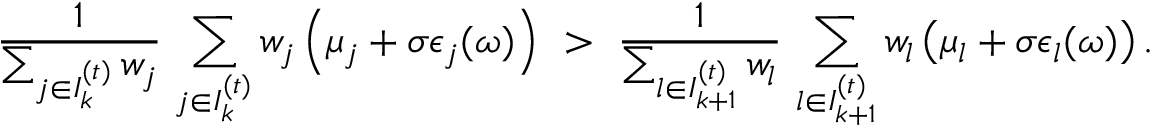
\frac { 1 } { \sum _ { j \in { \cal I } _ { k } ^ { ( t ) } } w _ { j } } \, \sum _ { j \in { \cal I } _ { k } ^ { ( t ) } } w _ { j } \left( \mu _ { j } + \sigma \epsilon _ { j } ( \omega ) \right) ~ > ~ \frac { 1 } { \sum _ { l \in { \cal I } _ { k + 1 } ^ { ( t ) } } w _ { l } } \, \sum _ { l \in { \cal I } _ { k + 1 } ^ { ( t ) } } w _ { l } \left( \mu _ { l } + \sigma \epsilon _ { l } ( \omega ) \right) .